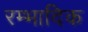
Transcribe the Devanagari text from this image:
रम्‍भादिक